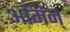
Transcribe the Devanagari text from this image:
अगिन्